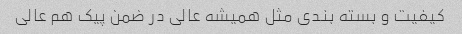
کیفیت و بسته بندی مثل همیشه عالی در ضمن پیک هم عالی